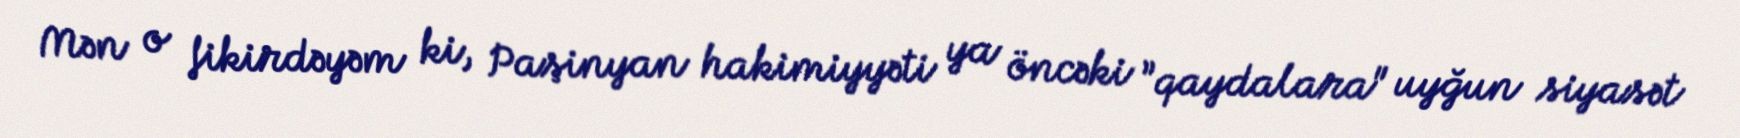
Mən o fikirdəyəm ki, Paşinyan hakimiyyəti ya öncəki ”qaydalara" uyğun siyasət